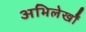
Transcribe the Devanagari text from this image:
अभिलेखोँ